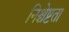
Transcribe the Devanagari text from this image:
निश्चेष्टता